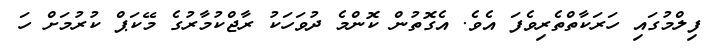
ފިލްމުގައި ހަރަކާތްތެރިވެފަ އެވެ. އެގޮތުން ކޮންމެ ދުވަހަކު ރާޖްކުމާރުގެ މޭކަޕް ކުރުމަށް ހަ